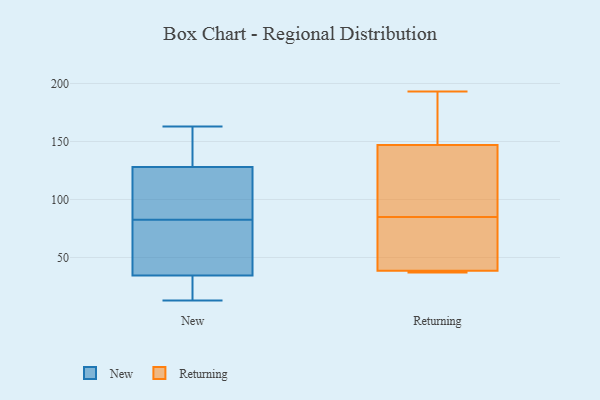
{"axis": {"x": "Bounce Rate (%)", "y": "Value"}, "legend": ["New", "Returning"], "data": [{"x": "", "y": 163, "type": "New"}, {"x": "", "y": 119, "type": "New"}, {"x": "", "y": 30, "type": "New"}, {"x": "", "y": 25, "type": "New"}, {"x": "", "y": 62, "type": "New"}, {"x": "", "y": 64, "type": "New"}, {"x": "", "y": 13, "type": "New"}, {"x": "", "y": 74, "type": "New"}, {"x": "", "y": 23, "type": "New"}, {"x": "", "y": 33, "type": "New"}, {"x": "", "y": 91, "type": "New"}, {"x": "", "y": 146, "type": "New"}, {"x": "", "y": 119, "type": "New"}, {"x": "", "y": 36, "type": "New"}, {"x": "", "y": 160, "type": "New"}, {"x": "", "y": 134, "type": "New"}, {"x": "", "y": 47, "type": "New"}, {"x": "", "y": 122, "type": "New"}, {"x": "", "y": 155, "type": "New"}, {"x": "", "y": 91, "type": "New"}, {"x": "", "y": 76, "type": "Returning"}, {"x": "", "y": 56, "type": "Returning"}, {"x": "", "y": 39, "type": "Returning"}, {"x": "", "y": 193, "type": "Returning"}, {"x": "", "y": 114, "type": "Returning"}, {"x": "", "y": 158, "type": "Returning"}, {"x": "", "y": 38, "type": "Returning"}, {"x": "", "y": 157, "type": "Returning"}, {"x": "", "y": 94, "type": "Returning"}, {"x": "", "y": 137, "type": "Returning"}, {"x": "", "y": 38, "type": "Returning"}, {"x": "", "y": 37, "type": "Returning"}]}